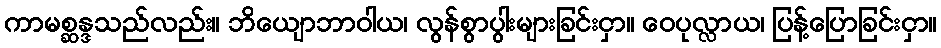
ကာမစ္ဆန္ဒသည်လည်း။ ဘိယျောဘာဝါယ၊ လွန်စွာပွါးများခြင်းငှာ။ ဝေပုလ္လာယ၊ ပြန့်ပြောခြင်းငှာ။